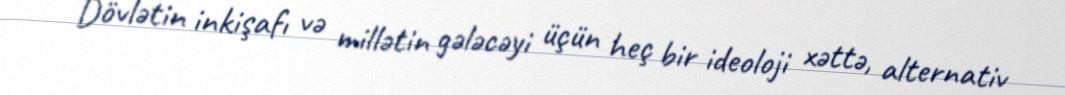
Dövlətin inkişafı və millətin gələcəyi üçün heç bir ideoloji xəttə, alternativ